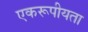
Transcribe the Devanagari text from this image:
एकरूपीयता